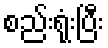
စည်းရုံးပြီး